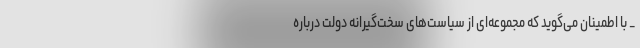
_ با اطمینان می‌گوید که مجموعه‌ای از سیاست‌های سخت‌گیرانه دولت درباره